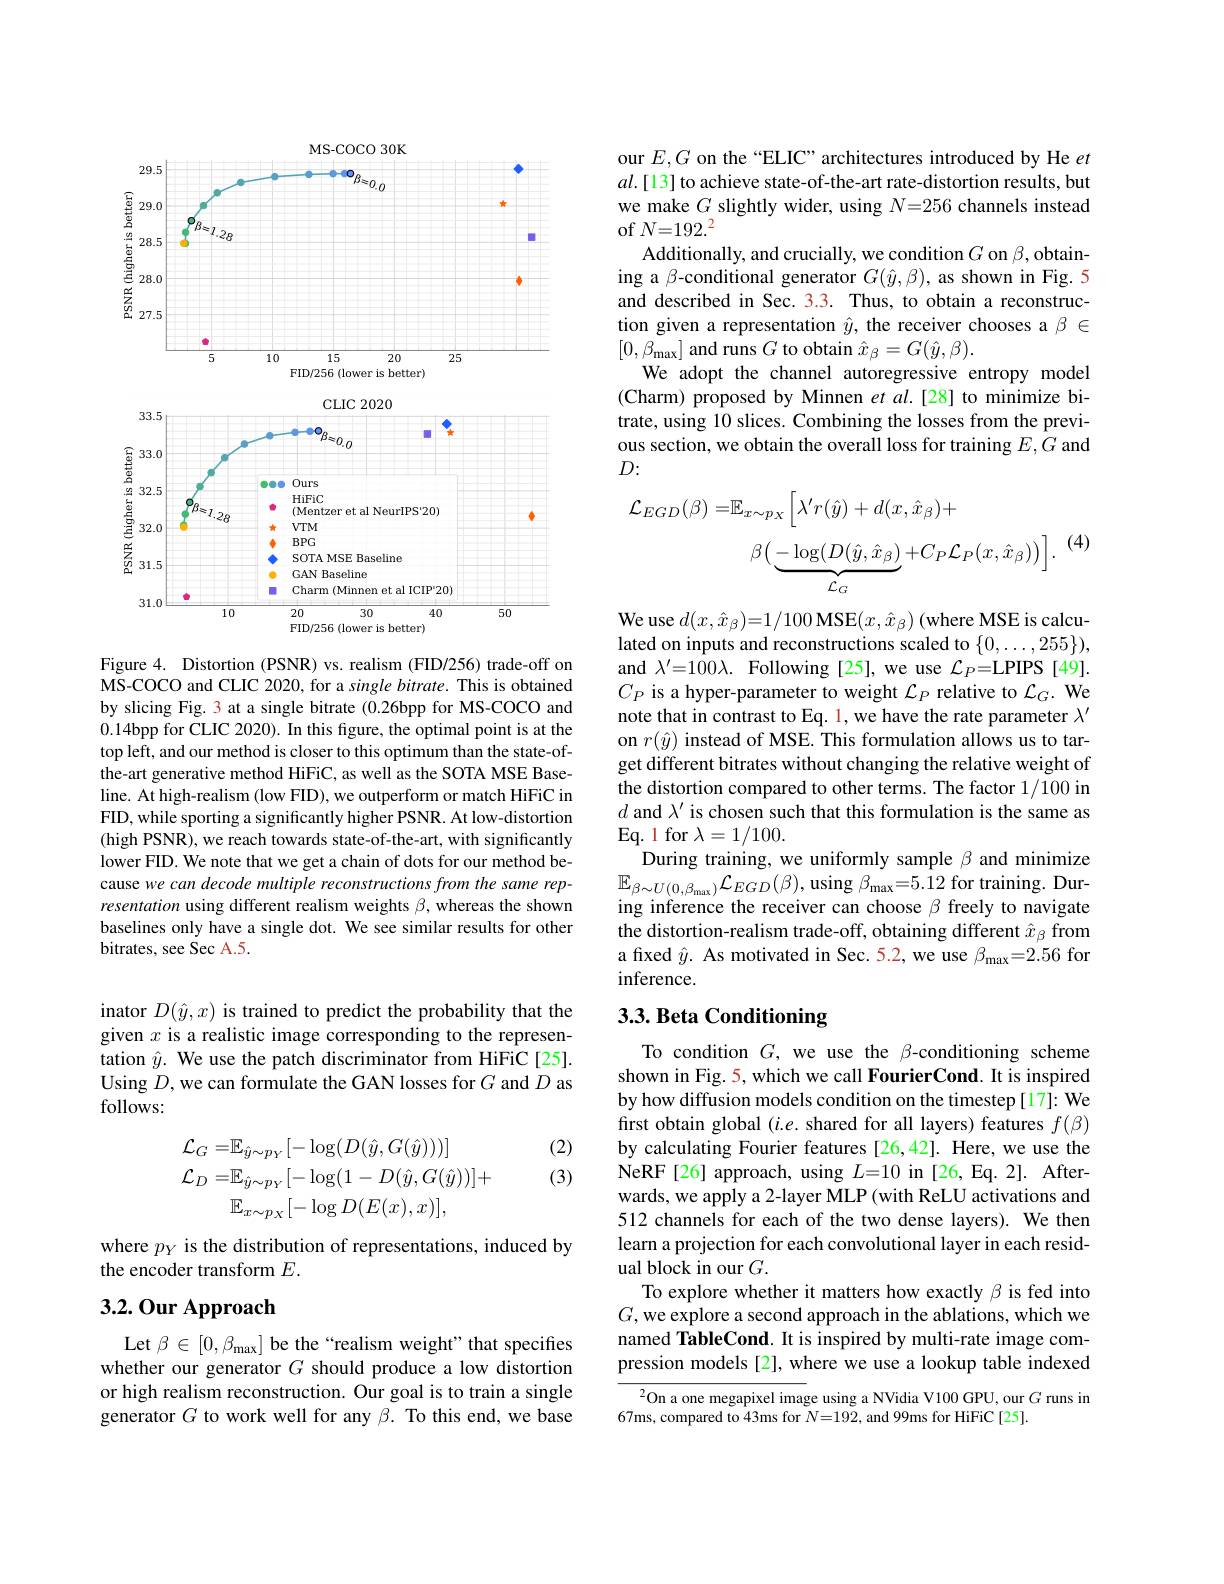
MS- COCO 30K
<FigureHere>

Figure 4. Distortion (PSNR) vs. realism (FID/256) trade-off on MS-COCO and CLIC 2020, for a single bitrate. This is obtained by slicing Fig. 3 at a single bitrate (0.26bpp for MS-COCO and 0.14bpp for CLIC 2020). In this figure, the optimal point is at the top left, and our method is closer to this optimum than the state-ofthe-art generative method HiFiC, as well as the SOTA MSE Baseline. At high-realism (low FID), we outperform or match HiFiC in FID, while sporting a significantly higher PSNR. At low-distortion (high PSNR), we reach towards state-of-the-art, with significantly lower FID. We note that we get a chain of dots for our method because we can decode multiple reconstructions from the same representation using different realism weights $\beta$, whereas the shown baselines only have a single dot. We see similar results for other bitrates, see Sec A.5.

inator $D(\hat{y},x)$ is trained to predict the probability that the given $x$ is a realistic image corresponding to the representation $\hat{y}.$ We use the patch discriminator from HiFiC[25]. Using $D$,we can formulate the GAN losses for $G$ and $D$ as follows:

(2)

(3)
$$\begin{aligned}\mathcal{L}_{G}=&\mathbb{E}_{\hat{y}\sim p_{Y}}[-\log(D(\hat{y},G(\hat{y})))]\\\mathcal{L}_{D}=&\mathbb{E}_{\hat{y}\sim p_{Y}}[-\log(1-D(\hat{y},G(\hat{y}))]+\\&\mathbb{E}_{x\sim p_{X}}[-\log D(E(x),x)],\end{aligned}$$
where $p_Y$ is the distribution of representations, induced by
the encoder transform $E.$

## 3.2.0ur Approach

Let $\beta\in[0,\beta_{\mathrm{max}}]$ be the“realism weight”that specifies whether our generator $G$ should produce a low distortion or high realism reconstruction. Our goal is to train a single generator $G$ to work well for any $\beta.$ To this end, we base

our $E,G$ on the “ELIC”architectures introduced by He $et$ $al.[13]$ to achieve state-of-the-art rate-distortion results, but we make $G$ slightly wider, using $N=256$ channels instead of $N=192.^2$
Additionally, and crucially, we condition $G$ on $\beta$,obtaining a β-conditional generator $G(\hat{y},\beta)$, as shown in Fig.5 and described in Sec. 3.3. Thus, to obtain a reconstruction given a representation $\hat{y}$, the receiver chooses a $\beta\in$ $[0,\beta_{\mathrm{max}}]$ and runs $G$ to obtain $\hat{x}_{\beta}=G(\hat{y},\beta).$
We adopt the channel autoregressive entropy model (Charm) proposed by Minnen $etal.[28]$ to minimize bitrate, using 10 slices. Combining the losses from the previous section, we obtain the overall loss for training $E,G$ and $D:$
$$\begin{aligned}\mathcal{L}_{EGD}(\beta)=&\mathbb{E}_{x\sim p_{X}}\left[\lambda^{\prime}r(\hat{y})+d(x,\hat{x}_{\beta})+\right]\\&\beta\big(\underbrace{-\log(D(\hat{y},\hat{x}_{\beta})}_{\mathcal{L}_{G}}+C_{P}\mathcal{L}_{P}(x,\hat{x}_{\beta})\big)\big].\end{aligned}$$
(4

We use $d(x,\hat{x}_{\beta})=1/100$ MSE$(x,\hat{x}_{\beta})$ (where MSE is calculated on inputs and reconstructions scaled to $\{0,\ldots,255\})$, and $\lambda^\prime=100\lambda.$ Following [25], we use $\mathcal{L} _P=$LPIPS [ 49] . $C_P$ is a hyper-parameter to weight $\mathcal{L}_P$ relative to $\mathcal{L}_G.$ We note that in contrast to Eq. 1, we have the rate parameter $\lambda^\prime$ on $r(\hat{y})$ instead of MSE. This formulation allows us to target different bitrates without changing the relative weight of the distortion compared to other terms. The factor 1/100 in $d$ and $\lambda^\prime$ is chosen such that this formulation is the same as Eq. 1 for $\lambda=1/100.$
During training, we uniformly sample $\beta$ and minimize $\mathbb{E}_{\beta\sim U(0,\beta_{\mathrm{max}})}\mathcal{L}_{EGD}(\beta)$,using $\beta_\mathrm{max}=5.12$ for training. During inference the receiver can choose $\beta$ freely to navigate the distortion-realism trade-off, obtaining different $\hat{x}_{\beta}$ from a fixed $\hat{y}.$ As motivated in Sec. 5.2, we use $\beta_\mathrm{max}=2.56$ for inference.

# 3.3. Beta Conditioning

To condition $G$, we use the β-conditioning scheme shown in Fig. 5, which we call FourierCond. It is inspired by how diffusion models condition on the timestep [17]: We first obtain global $(i.e.$ shared for all layers) features $f(\beta)$ by calculating Fourier features [26,42]. Here, we use the NeRF[26] approach, using $L=10$ in [26, Eq. 2]. Afterwards, we apply a 2-layer MLP (with ReLU activations and 512 channels for each of the two dense layers). We then learn a projection for each convolutional layer in each residual block in our $G.$
To explore whether it matters how exactly $\beta$ is fed into $G,\tilde{\text{we explore a second approach in the ablations, which we}}$ named TableCond. It is inspired by multi-rate image compression models[2], where we use a lookup table indexed

$^{2}$On a one megapixel image using a NVidia V100 GPU, our $G$ runs in
67ms, compared to 43ms for $N=192$, and 99ms for HiFiC[25].